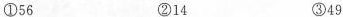
①56 ②14 ③49